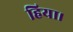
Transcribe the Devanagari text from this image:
हिया।